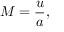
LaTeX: M = { \frac { u } { a } } ,